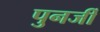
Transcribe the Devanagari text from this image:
पुनर्जी